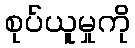
စုပ်ယူမှုကို